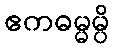
ဧကဓမ္မမ္ပိ